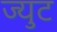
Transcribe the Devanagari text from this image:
ज्युट